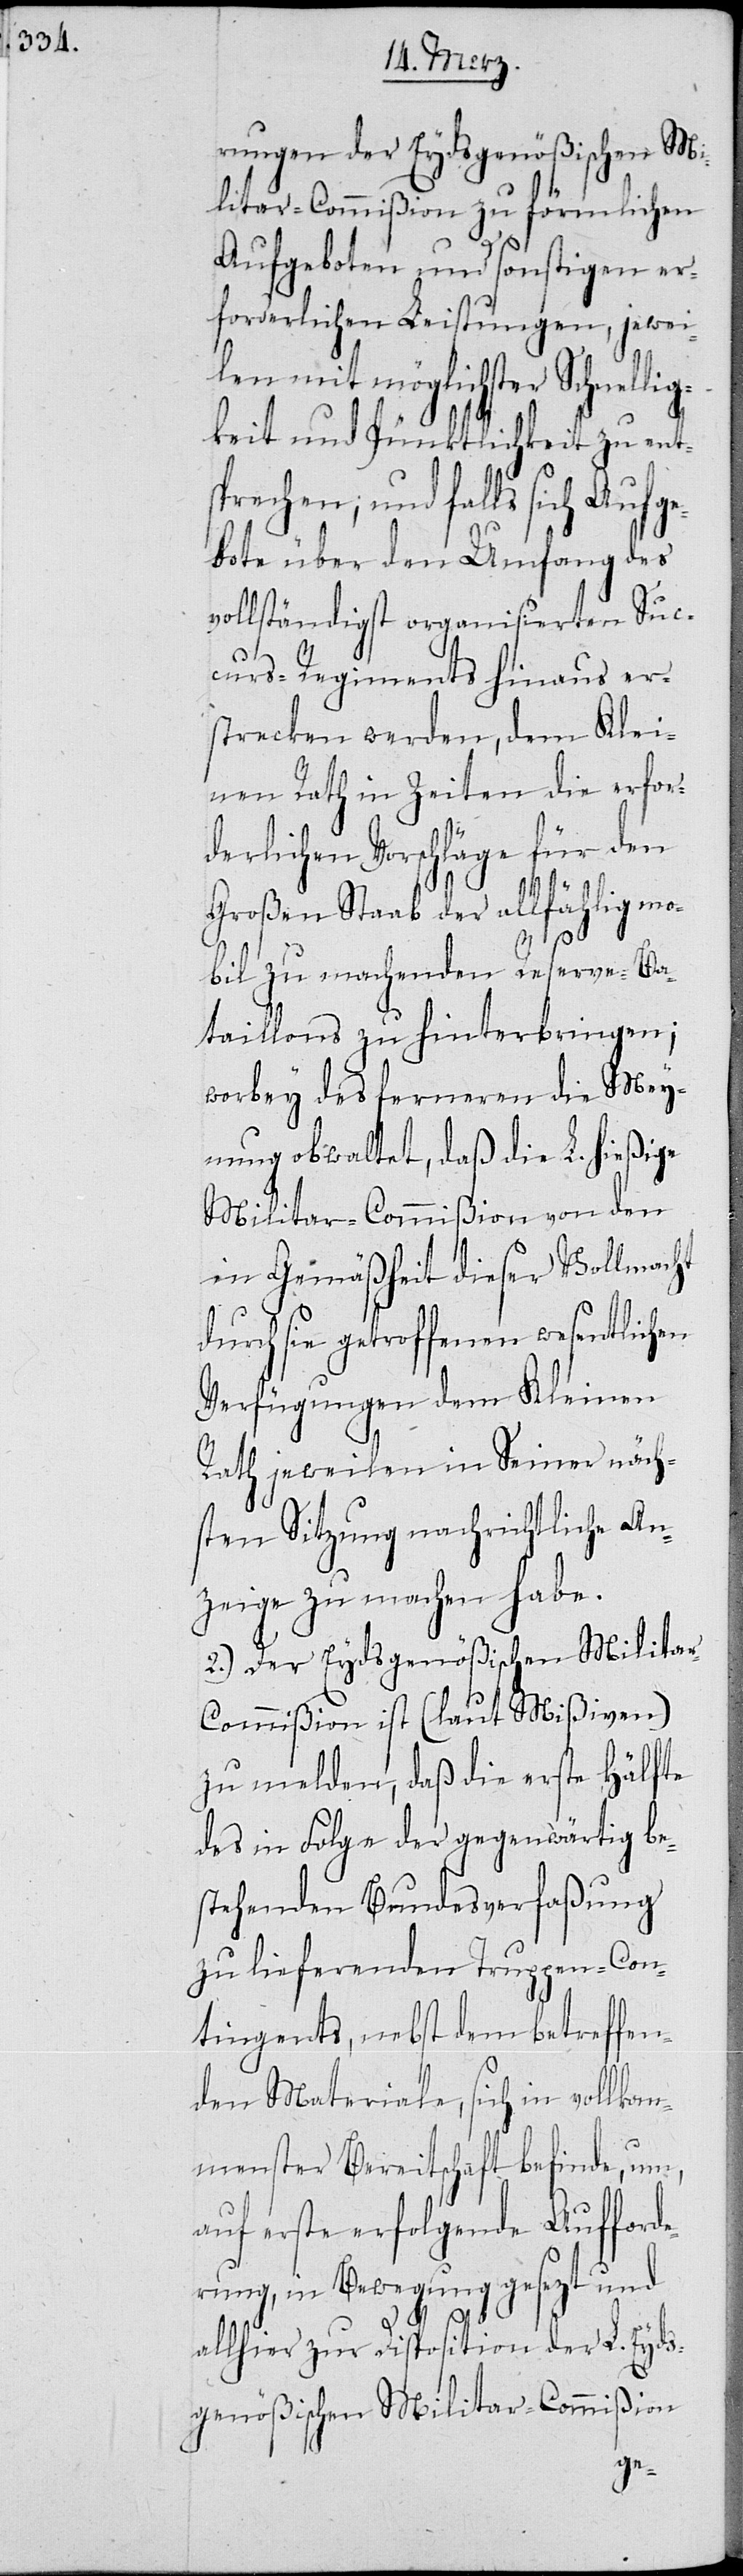
rungen der Eydsgenößischen Mi¬
litar-Commißion zu förmlichen
Aufgeboten und sonstigen er¬
forderlichen Leistungen, jewei¬
len mit möglichster Schne¬
keit und Pünktlichkeit zu ents¬
prechen; und falls sich Aufge¬
bote über den Umfang des
vollständigst organisierten Suc¬
curs-Regiments hinaus er¬
strecken werden, dem Klei¬
nen Rath in Zeiten die erfor¬
derlichen Vorschläge für den
Großen Staab der allfähligen mo¬
bil zu machenden Reserve-Ba¬
taillons zu hinterbringen;
worbey des ferneren die Mey¬
nung obwaltet, daß die L. hießige
Militar-Commißion von den
in Gemäßheit dieser Vollmacht
durch sie getroffenen wesentlichen
er
Verfügungen dem Kl¬
näch¬
Rath jeweilen in Sein¬
sten Sitzung nachrichtliche An¬
zeige zu machen habe.
2.) Der Eydsgenößischen Milita¬
r-Commißion ist (laut Mißiven)
zu melden, daß die erste Hälfte
des in Folge der gegenwärtig be¬
stehenden Bundesverfaßung
zu liefernden Truppen-Con¬
tingents, nebst dem betreffen¬
den Materiale, sich in vollkom¬
menster Bereitschaft befinde, um,
auf erste erfolgende Aufforde¬
rung, in Bewegung gesetzt und
allhier zur Disposition der L. Eyds¬
genößischen Militar-Commißion